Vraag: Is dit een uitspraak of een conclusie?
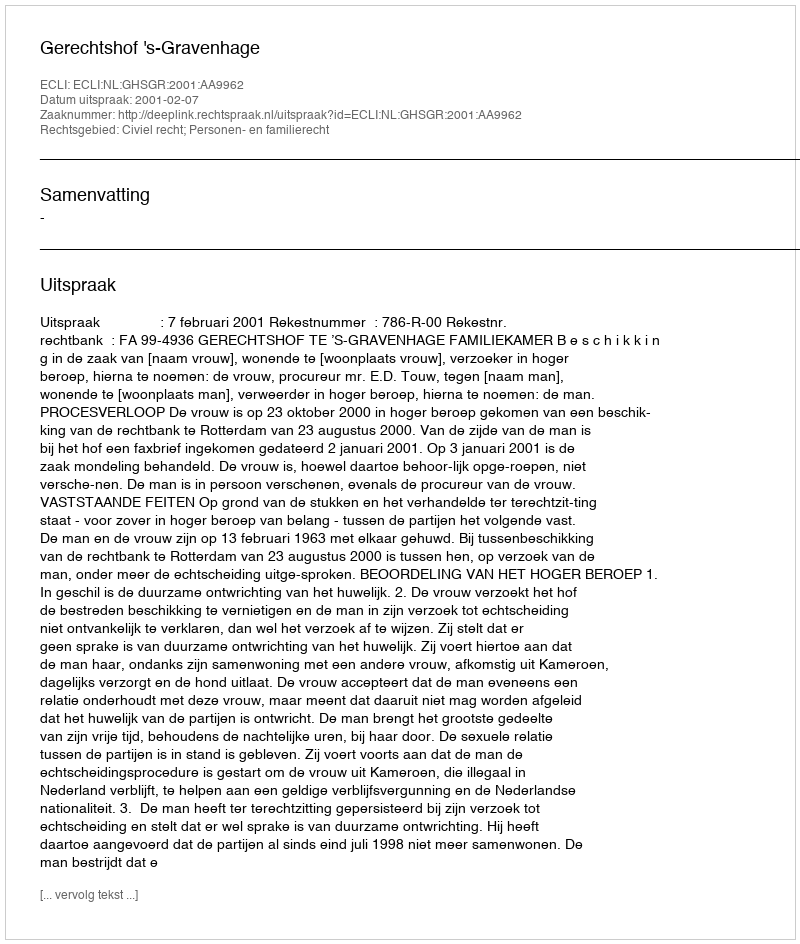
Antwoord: Uitspraak